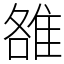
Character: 雒